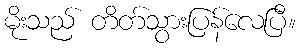
မိုးသည် တိတ်သွားပြန်လေပြီ။